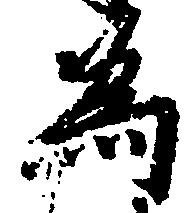
為